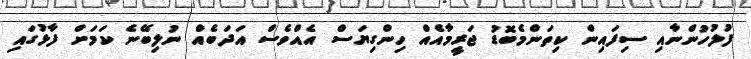
ފުލުހުންނާއި ސިފައިން ކިތަންމެބޮޑު ޖަރީމާއެއް ހިންގިޔަސް އެއްވެސް އަދަބެއް ނުލިބޭނެ ކަމަށް ފާޅުގައި